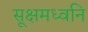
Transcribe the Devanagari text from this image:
सूक्षमध्वनि